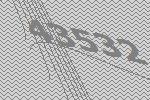
43532